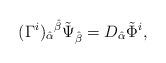
LaTeX: \begin{align*}(\Gamma^i)_{\hat \alpha}{}^{\hat \beta}\tilde \Psi_{\hat \beta}=D_{\hat \alpha}\tilde \Phi^i,\end{align*}